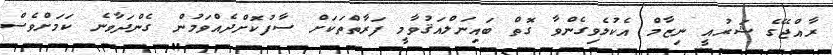
ރާއްޖޭގެ ޝަރުއީ ނިޒާމް އެކުލެވިގެންވާ ގޮތް ބައިނަލްއަޤުވާމީ ފަރާތްތަކަށް ސާފުކޮށްދެއްވަމުން ގެންދަވާނެ ކަމަށްވެސް